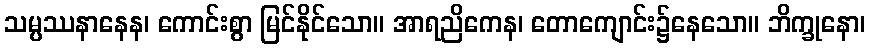
သမ္ပဿနာနေန၊ ကောင်းစွာ မြင်နိုင်သော။ အာရညိကေန၊ တောကျောင်း၌နေသော။ ဘိက္ခုနော၊